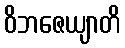
ဝိဘဇေယျာတိ